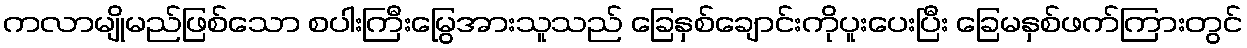
ကလာမျိုမည်ဖြစ်သော စပါးကြီးမြွေအားသူသည် ခြေနှစ်ချောင်းကိုပူးပေးပြီး ခြေမနှစ်ဖက်ကြားတွင်